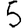
Digit: 5